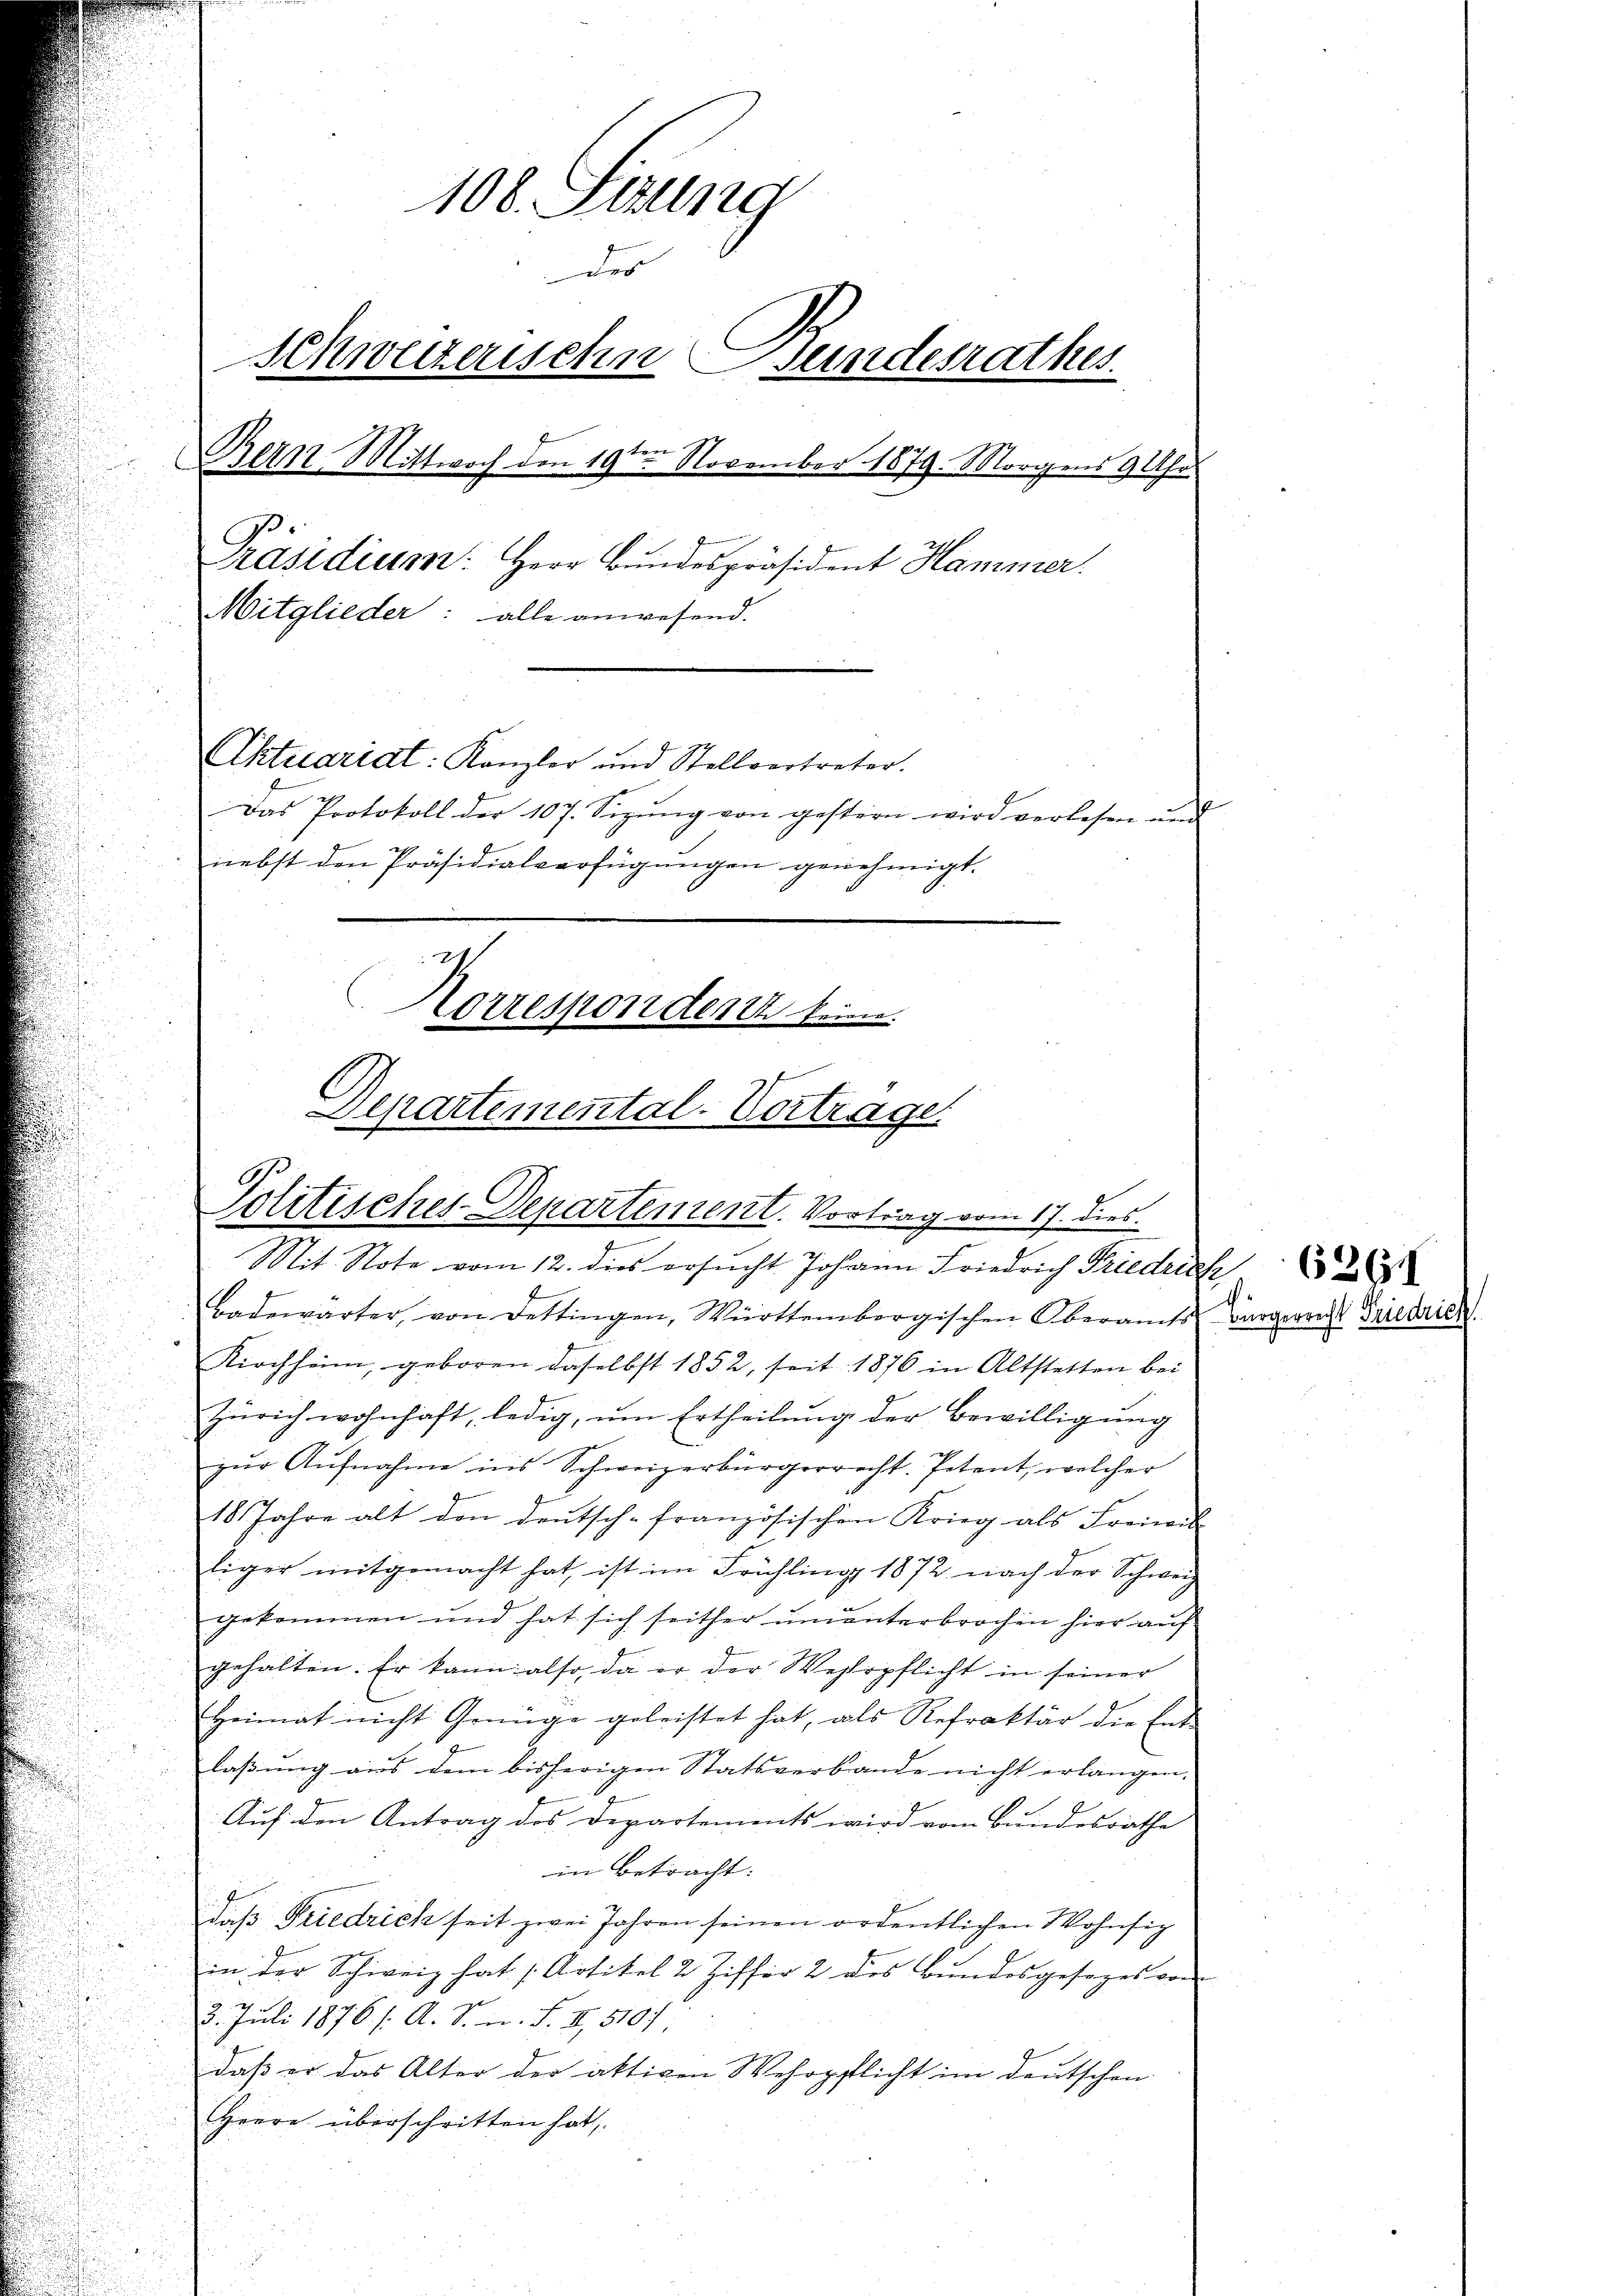
108. Sizung
Der
Schweizerischen Bundesrathes.
ten
Bern Mittwoch den 19ten November 1879. Morgens 9 Uhr
Präsidium: Herr Bundespräsident Hammer.
Mitglieder: alle anwesend.
Aktuariat: Kanzler und Stellvertreter.
Das Protokoll der 107. Sizŭng von gestern wird verlesen und
nebst den Präsidialverfügungen genehmigt.
Korrespondert keine
Departemental-Vortrage

Politisches-Departement. Vortrag vom 17. dies

Mit Note vom 12. dies ersŭcht Johann Friedrich Friedrich
Badewärter, von Dettingen, Württembergischen Oberamts Bürgerrecht Friedrich
Kirchheim, geboren daselbst 1852, seit 1876 in Altstetten bei
Zürich wohnhaft, ledig, um Ertheilung der Bewilligung
zŭr Aŭfnahme ins Schweizerbürgerrecht. Petent, welcher
18 Jahre alt den Deutsch-französischen Krieg als Freiwil
liger mitgemacht hat, ist im Frühling 1872 nach der Schweiz
gekommen und hat sich seither ununterbrochen hier auf
gehalten. Er kann also, da er der Wehrpflicht in seiner
Heimat nicht Genüge geleistet hat, als Refraktär die Ent-
laßung aus dem bisherigen Statsverbande nicht erlangen.
Auf den Antrag des Departements wird vom Bundesrathe
in Betracht:
daβ Friedrich seit zwei Jahren seinen ordentlichen Wohnsig
in der Schweiz hat Artikel 2 Ziffer 2 des Bundesgesezes von
3. Juli 1876 f. A. S. n. F. II, 5107,
daß er das Alter der aktiven Wehrpflicht im deutschen
HHerre überschritten hat.